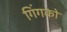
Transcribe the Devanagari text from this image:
गिंगको